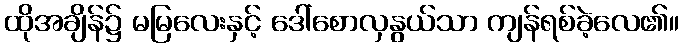
ထိုအချိန်၌ မမြလေးနှင့် ဒေါ်စောလှနွယ်သာ ကျန်ရစ်ခဲ့လေ၏။